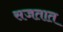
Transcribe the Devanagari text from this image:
सजतात